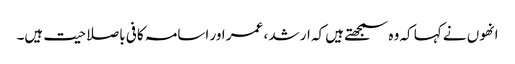
انھوں نے کہا کہ وہ سمجھتے ہیں کہ ارشد ، عمر اور اسامہ کافی باصلاحیت ہیں۔